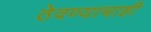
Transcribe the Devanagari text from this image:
ठेवण्याचाही